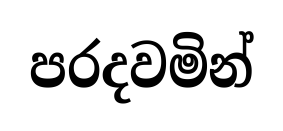
පරදවමින්